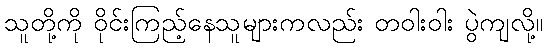
သူတို့ကို ဝိုင်းကြည့်နေသူများကလည်း တဝါးဝါး ပွဲကျလို့။